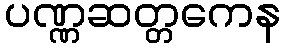
ပဏ္ဏဆတ္တကေန